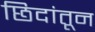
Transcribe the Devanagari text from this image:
छिदांतून